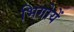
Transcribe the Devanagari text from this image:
भिगोयें